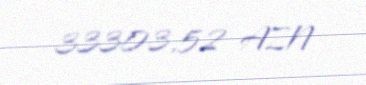
33303,52 AZN